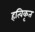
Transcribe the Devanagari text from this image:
हत्विकृत